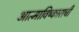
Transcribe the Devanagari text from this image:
आत्माविष्काराची